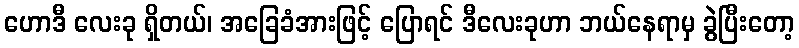
ဟောဒီ လေးခု ရှိတယ်၊ အခြေခံအားဖြင့် ပြောရင် ဒီလေးခုဟာ ဘယ်နေရာမှ ခွဲပြီးတော့